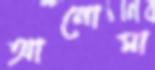
আনোমা